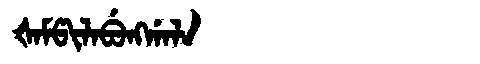
Manchu: ᡧᠠᠮᡦᡳᠯᠠᠪᡠᠩᡤᠠᠯᠠ
Romanization: ŠAMPILABUNGGALA